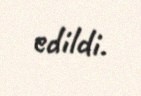
edildi.